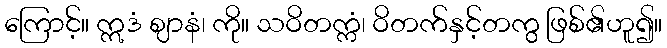
ကြောင့်။ ဣဒံ ဈာနံ၊ ကို။ သဝိတက္ကံ၊ ဝိတက်နှင့်တကွ ဖြစ်၏ဟူ၍။